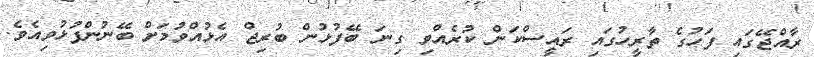
ރާއްޖޭގައި ފަހުގެ ތާރިީހުގައި ރައީސްކަން ކުރެއްވި ގިނަ ބޭފުޅުން ބުރިޖް އެޅުއްވުމަށް ބޭނުންފުޅުވިއެވެ.